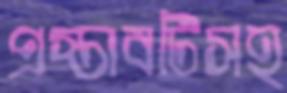
প্রস্তাবটিসহ